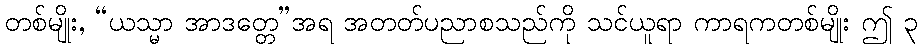
တစ်မျိုး, “ယသ္မာ အာဒတ္တေ”အရ အတတ်ပညာစသည်ကို သင်ယူရာ ကာရကတစ်မျိုး ဤ ၃